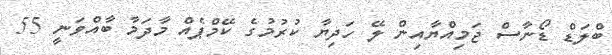
ބްލަޑް ޑޯނާސް ޖަމިއްޔާއިން ލޭ ހަދިޔާ ކުރުމުގެ ކޭމްޕެއް މާދަމާ ބާއްވަނީ 55